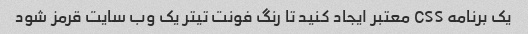
یک برنامه CSS معتبر ایجاد کنید تا رنگ فونت تیتر یک وب سایت قرمز شود